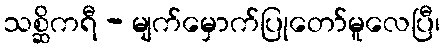
သစ္ဆိကရီ - မျက်မှောက်ပြုတော်မူလေပြီ၊